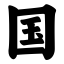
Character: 国